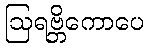
ဩရဗ္ဘိကောပေ